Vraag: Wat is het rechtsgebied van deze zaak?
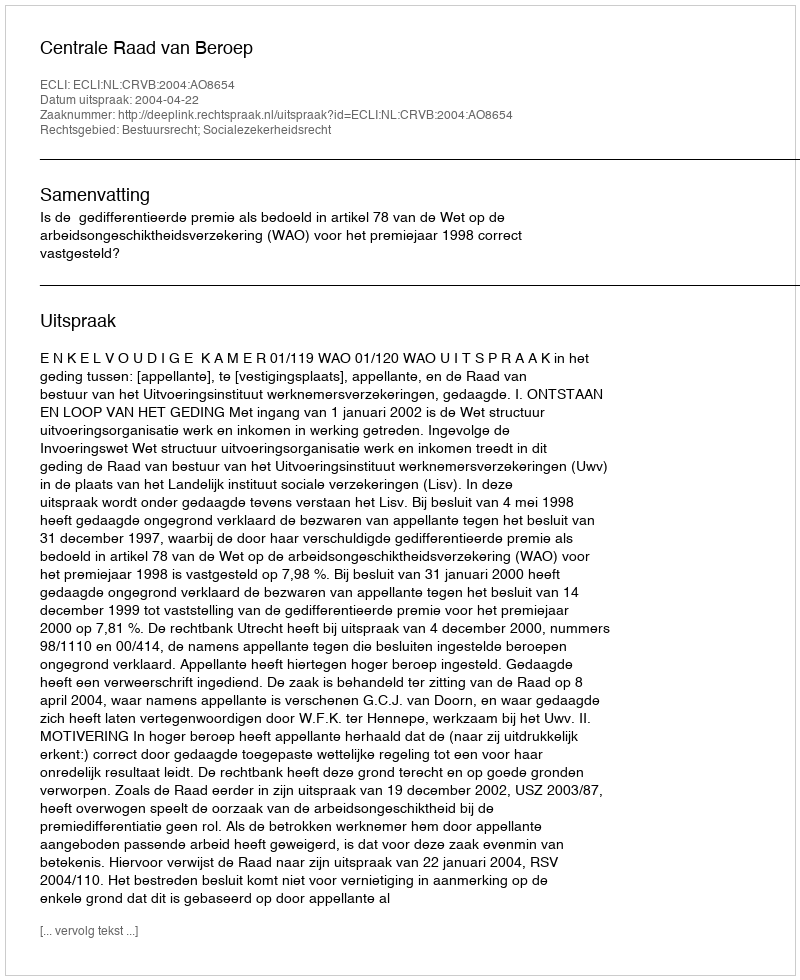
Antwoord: Bestuursrecht; Socialezekerheidsrecht